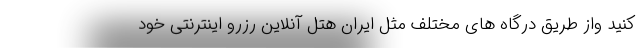
کنید واز طریق درگاه های مختلف مثل ایران هتل آنلاین رزرو اینترنتی خود